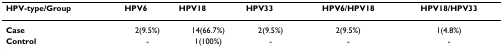
| HPV-type/Group | HPV6 | HPV18 | HPV33 | HPV6/HPV18 | HPV18/HPV33 |
 | --- | --- | --- | --- | --- | --- |
 | Case | 2(9.5%) | 14(66.7%) | 2(9.5%) | 2(9.5%) | 1(4.8%) |
 | Control | - | 1(100%) | - | - | - |